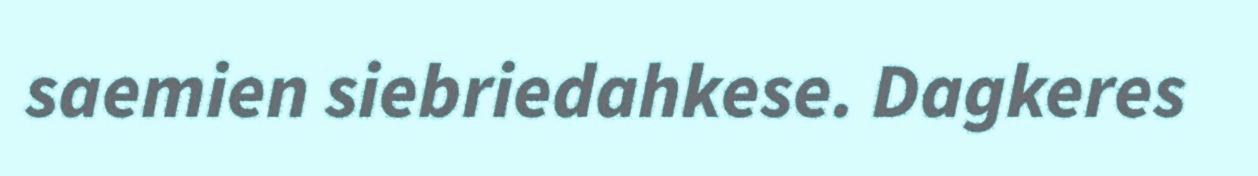
saemien siebriedahkese. Dagkeres